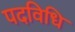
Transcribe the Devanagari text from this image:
पदविधि